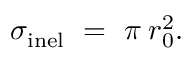
\sigma _ { \mathrm { i n e l } } \ = \ \pi \: r _ { 0 } ^ { 2 } .